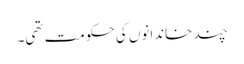
چند خاندانوں کی حکومت تھی۔